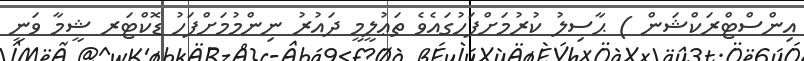
އިންސްޓްރަކްޝަން ) ޙާސިލު ކުރުމަށްފަހުގައެވެ ތަޢުލީމީ ދައުރު ނިންމުމަށްފަހު ޑޮކްޓަރ ޝީމާ ވަނީ